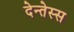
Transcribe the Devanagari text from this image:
देन्तेस्स